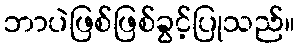
ဘာပဲဖြစ်ဖြစ်ခွင့်ပြုသည်။